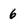
Character: 6